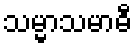
သမ္မာသမာဓီ